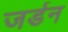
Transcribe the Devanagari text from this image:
जर्डन